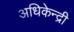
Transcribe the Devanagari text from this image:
अधिकेन्द्री